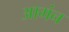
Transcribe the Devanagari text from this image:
आगंन